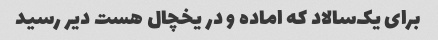
برای یک‌سالاد که اماده و در یخچال هست دیر رسید